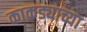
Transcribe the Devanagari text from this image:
काकड्याच्या